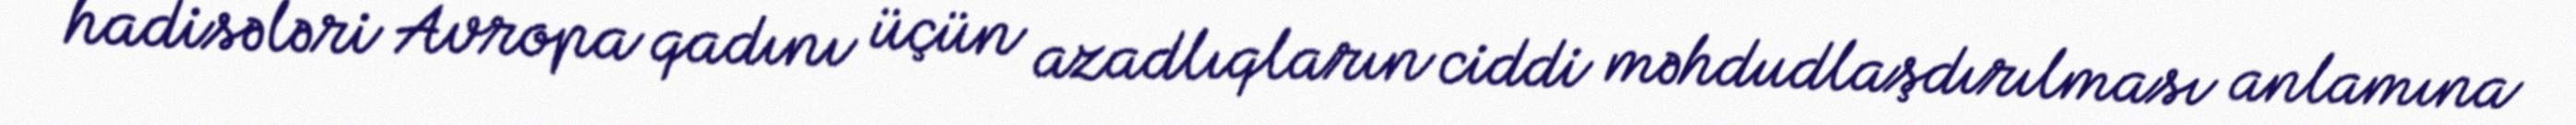
hadisələri Avropa qadını üçün azadlıqların ciddi məhdudlaşdırılması anlamına